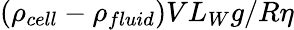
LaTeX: (\rho_{cell}-\rho_{fluid})VL_{W}g/R\eta